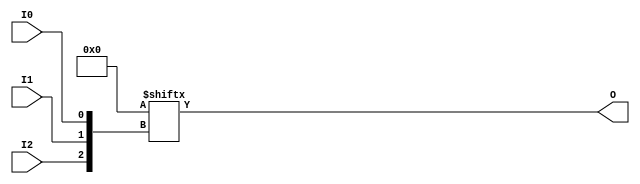
// This program was cloned from: https://github.com/jhshi/openofdm
// License: Apache License 2.0

// $Header: /devl/xcs/repo/env/Databases/CAEInterfaces/verunilibs/data/unisims/LUT3.v,v 1.7 2007/05/23 21:43:39 patrickp Exp $
///////////////////////////////////////////////////////////////////////////////
// Copyright (c) 1995/2004 Xilinx, Inc.
// All Right Reserved.
///////////////////////////////////////////////////////////////////////////////
//   ____  ____
//  /   /\/   /
// /___/  \  /    Vendor : Xilinx
// \   \   \/     Version : 10.1
//  \   \         Description : Xilinx Functional Simulation Library Component
//  /   /                  3-input Look-Up-Table with General Output
// /___/   /\     Filename : LUT3.v
// \   \  /  \    Timestamp : Thu Mar 25 16:42:54 PST 2004
//  \___\/\___\
//
// Revision:
//    03/23/04 - Initial version.
//    02/04/05 - Rev 0.0.1 Replace premitive with function; Remove buf.
//    05/23/07 - Changed timescale to 1 ps / 1 ps.

`timescale  1 ps / 1 ps


module LUT3 (O, I0, I1, I2);

    parameter INIT = 8'h00;

    input I0, I1, I2;

    output O;

    reg O;
    reg tmp;
  
    always @(  I2 or  I1 or  I0 )  begin
      tmp =  I0 ^ I1  ^ I2;
      if ( tmp == 0 || tmp == 1)
           O = INIT[{I2, I1, I0}];
      else
           O = lut3_mux4 ( {1'b0, 1'b0, lut3_mux4 (INIT[7:4], {I1, I0}),
                          lut3_mux4 (INIT[3:0], {I1, I0}) }, {1'b0, I2});
    end

  function lut3_mux4;
  input [3:0] d;
  input [1:0] s;

  begin
       if ((s[1]^s[0] ==1) || (s[1]^s[0] ==0))
           lut3_mux4 = d[s];
         else if ((d[0] === d[1]) && (d[2] === d[3]) && (d[0] === d[2]))
           lut3_mux4 = d[0];
         else if ((s[1] == 0) && (d[0] === d[1]))
           lut3_mux4 = d[0];
         else if ((s[1] == 1) && (d[2] === d[3]))
           lut3_mux4 = d[2];
         else if ((s[0] == 0) && (d[0] === d[2]))
           lut3_mux4 = d[0];
         else if ((s[0] == 1) && (d[1] === d[3]))
           lut3_mux4 = d[1];
         else
           lut3_mux4 = 1'bx;
   end
   endfunction

endmodule